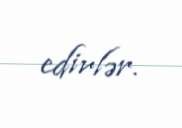
edirlər.